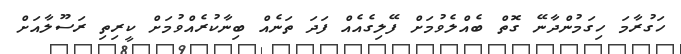
ހަގުރާމަ ހިގަމުންދާނޭ ގޮތް ބެއްލެވުމަށް ފޭލިގެއެއް ފަދަ ތަނެއް ބިނާކުރެއްވުމަށް ކީރިތި ރަސޫލާއަށް